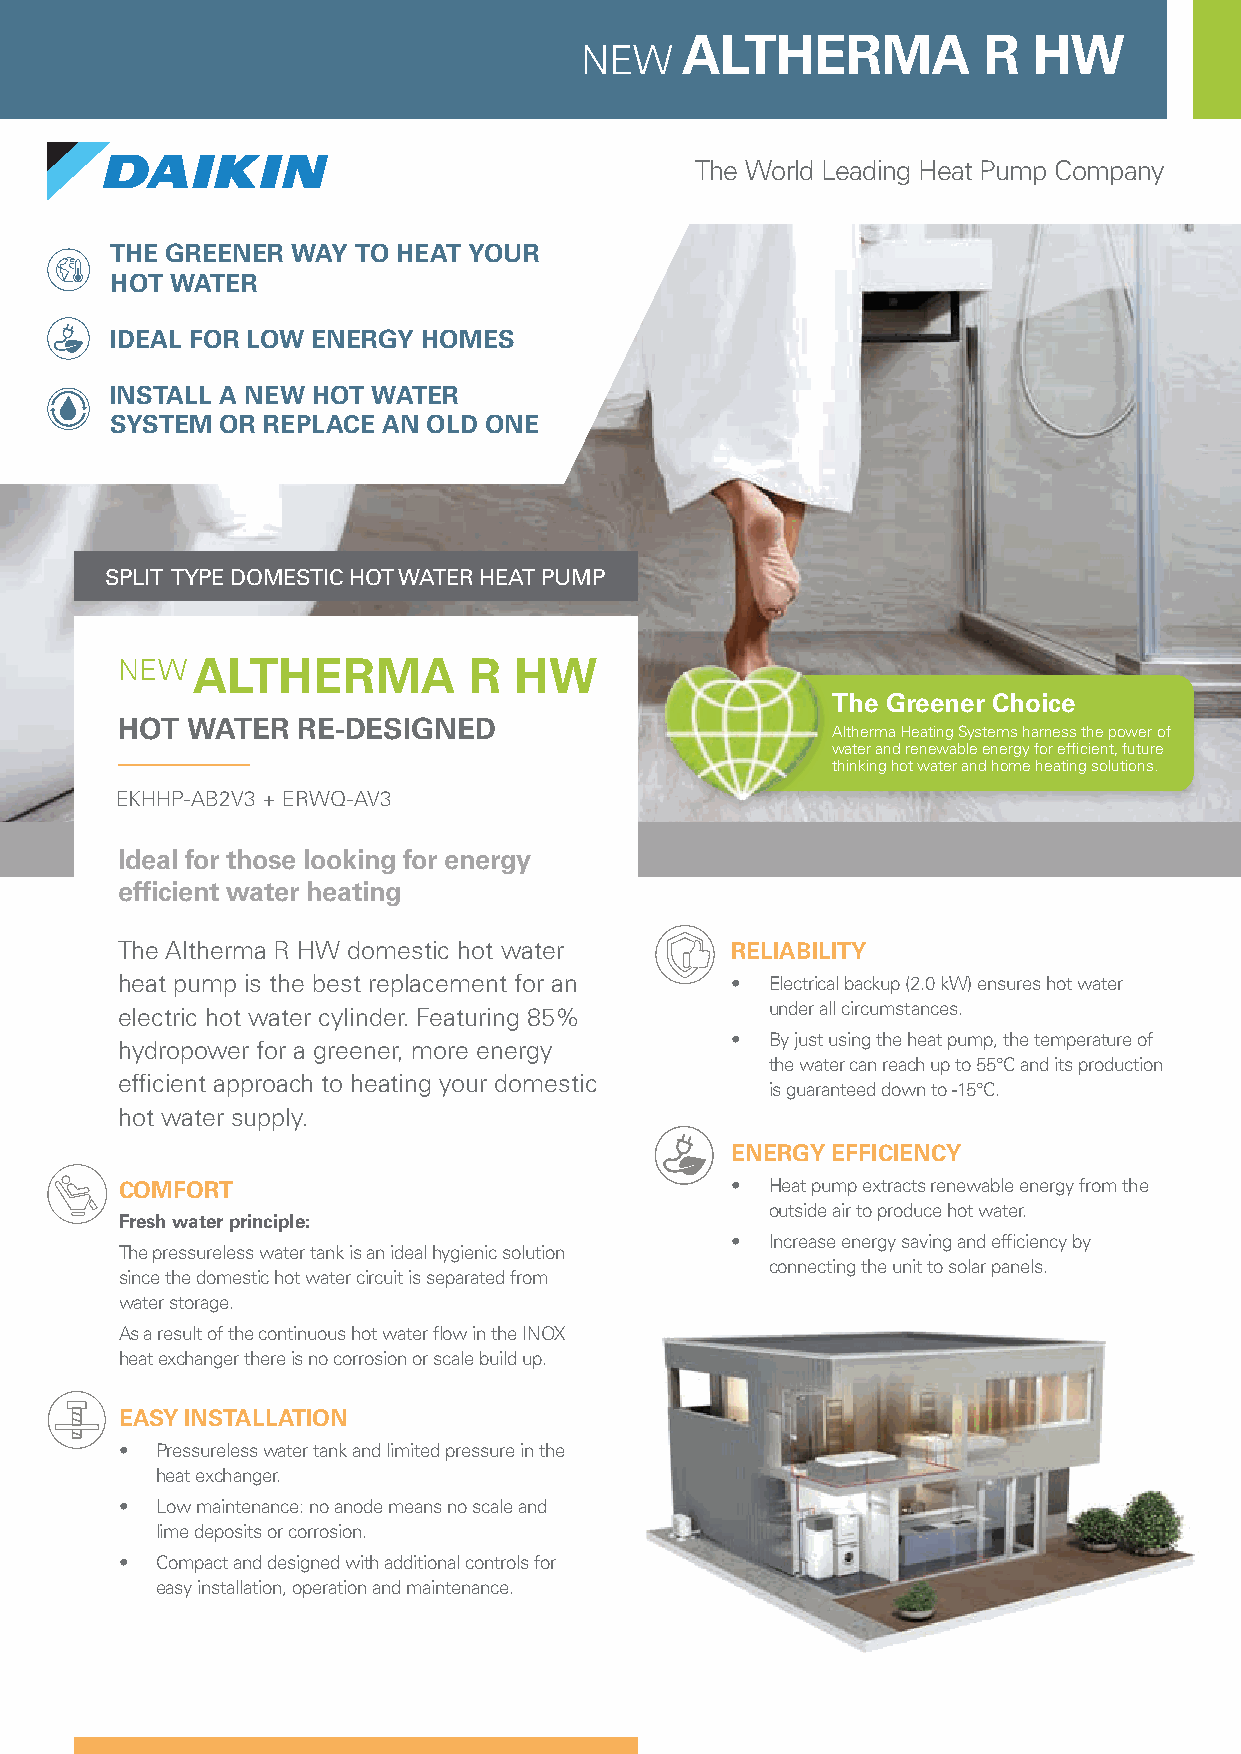
ALTHERMA            R  HW
 NEW
 The World Leading Heat Pump Company
 THE GREENER WAY  TO HEAT YOUR
 HOT WATER
 IDEAL FOR LOW ENERGY HOMES
 INSTALL A NEW HOT WATER
 SYSTEM  OR REPLACE AN OLD ONE
 SPLIT TYPE DOMESTIC HOT WATER HEAT PUMP
 NEW  ALTHERMA          R  HW
 The Greener Choice
 HOT WATER   RE-DESIGNED
 Altherma Heating Systems harness the power of
 water and renewable energy for efficient, future
 thinking hot water and home heating solutions.
 EKHHP-AB2V3 + ERWQ-AV3
 Ideal for those looking for energy
 efficient water heating
 The Altherma R HW domestic hot water    RELIABILITY
 heat pump is the best replacement for an • Electrical backup (2.0 kW) ensures hot water
 under all circumstances.
 electric hot water cylinder. Featuring 85%
 •  By just using the heat pump, the temperature of
 hydropower for a greener, more energy
 the water can reach up to 55°C and its production
 efficient approach to heating your domestic
 is guaranteed down to -15°C.
 hot water supply.
 ENERGY EFFICIENCY
 COMFORT                                 •  Heat pump extracts renewable energy from the
 outside air to produce hot water.
 Fresh water principle:
 •  Increase energy saving and efficiency by
 The pressureless water tank is an ideal hygienic solution
 connecting the unit to solar panels.
 since the domestic hot water circuit is separated from
 water storage.
 As a result of the continuous hot water flow in the INOX
 heat exchanger there is no corrosion or scale build up.
 EASY INSTALLATION
 • Pressureless water tank and limited pressure in the
 heat exchanger.
 • Low maintenance: no anode means no scale and
 lime deposits or corrosion.
 • Compact and designed with additional controls for
 easy installation, operation and maintenance.